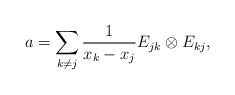
\begin{align*}a=\sum_{k\neq j}\frac{1}{x_k-x_j}E_{jk}\otimes E_{kj},\end{align*}